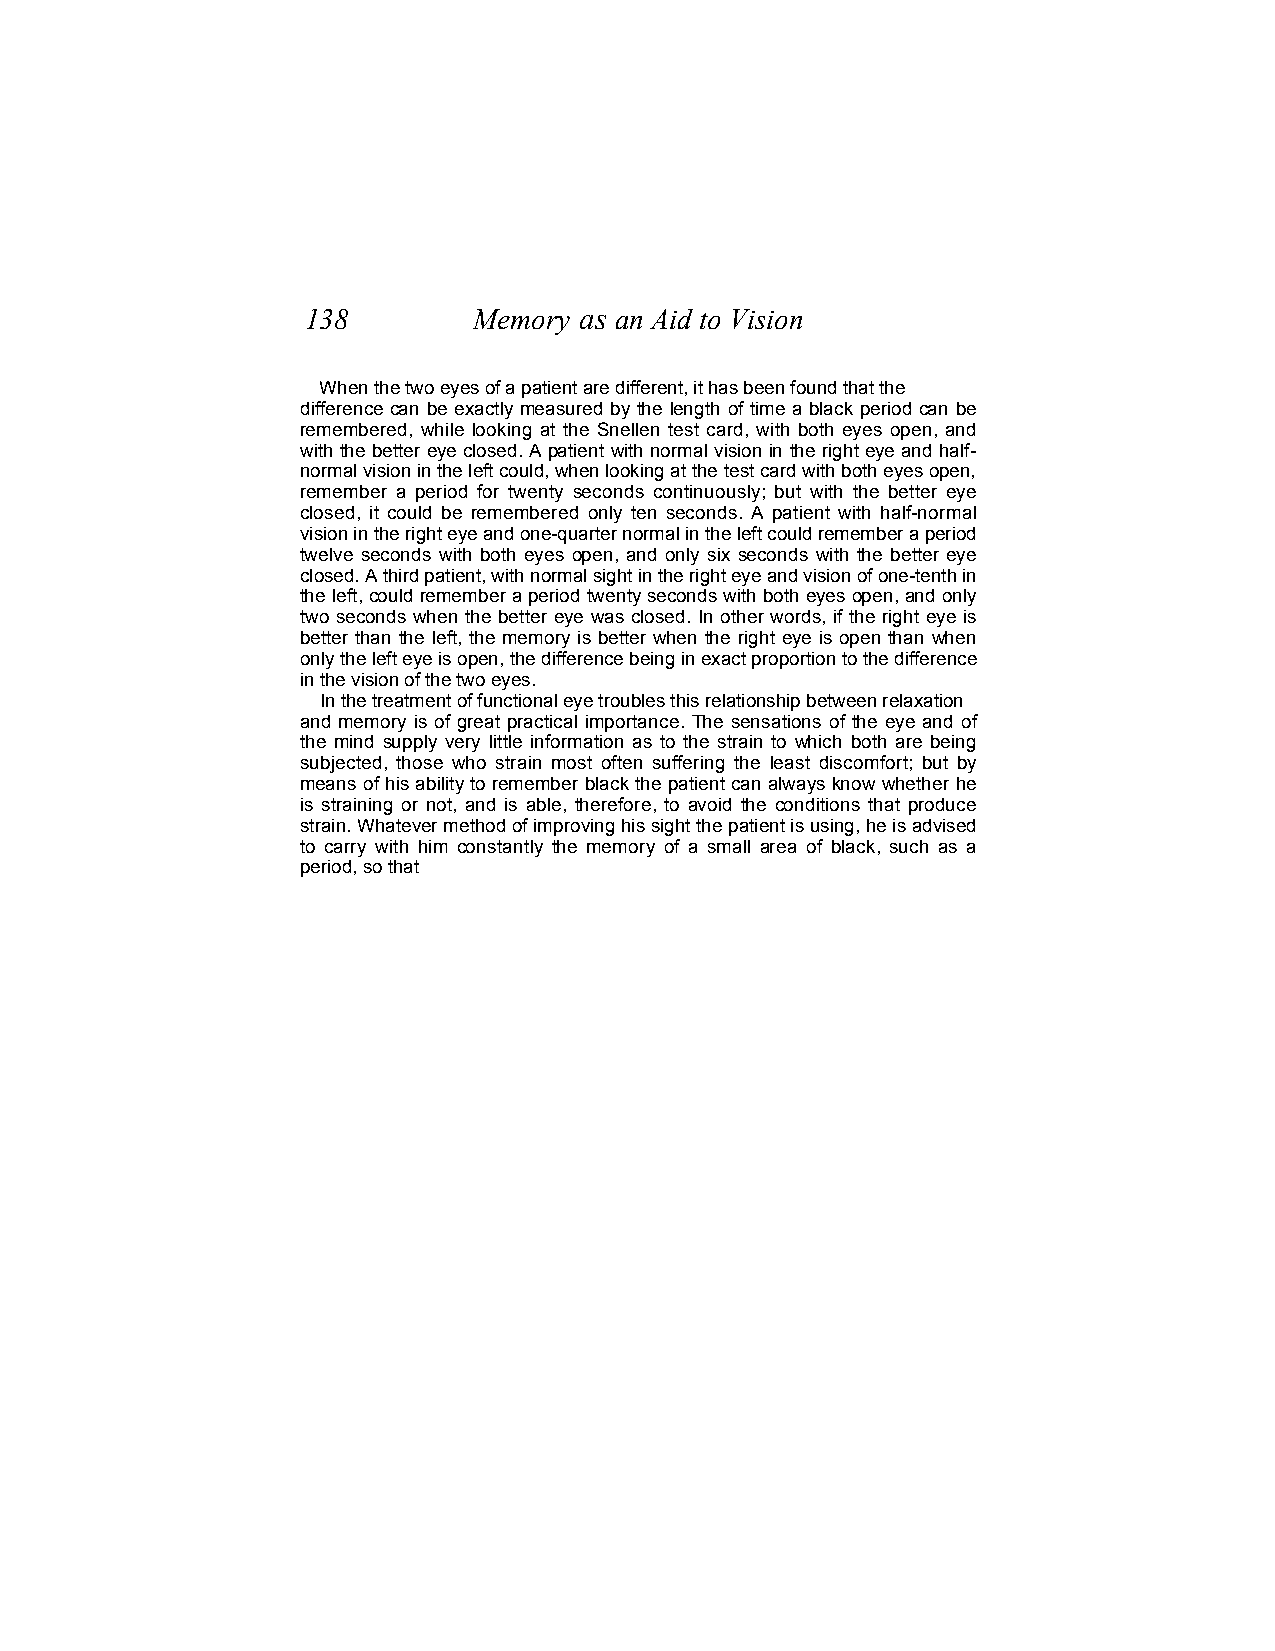
138        Memory as an Aid to Vision
 When the two eyes of a patient are different, it has been found that the
 difference can be exactly measured by the length of time a black period can be
 remembered, while looking at the Snellen test card, with both eyes open, and
 with the better eye closed. A patient with normal vision in the right eye and half-
 normal vision in the left could, when looking at the test card with both eyes open,
 remember a period for twenty seconds continuously; but with the better eye
 closed, it could be remembered only ten seconds. A patient with half-normal
 vision in the right eye and one-quarter normal in the left could remember a period
 twelve seconds with both eyes open, and only six seconds with the better eye
 closed. A third patient, with normal sight in the right eye and vision of one-tenth in
 the left, could remember a period twenty seconds with both eyes open, and only
 two seconds when the better eye was closed. In other words, if the right eye is
 better than the left, the memory is better when the right eye is open than when
 only the left eye is open, the difference being in exact proportion to the difference
 in the vision of the two eyes.
 In the treatment of functional eye troubles this relationship between relaxation
 and memory is of great practical importance. The sensations of the eye and of
 the mind supply very little information as to the strain to which both are being
 subjected, those who strain most often suffering the least discomfort; but by
 means of his ability to remember black the patient can always know whether he
 is straining or not, and is able, therefore, to avoid the conditions that produce
 strain. Whatever method of improving his sight the patient is using, he is advised
 to carry with him constantly the memory of a small area of black, such as a
 period, so that